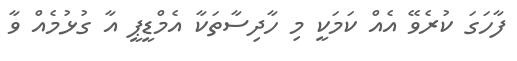
ފާހަގަ ކުރެވޭ އެއް ކަމަކީ މި ހާދިސާތަކާ އެމްޑީޕީ އާ ގުޅުމެއް ވާ